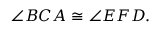
\angle B C A \cong \angle E F D .